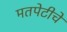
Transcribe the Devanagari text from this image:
मतपेटीचे